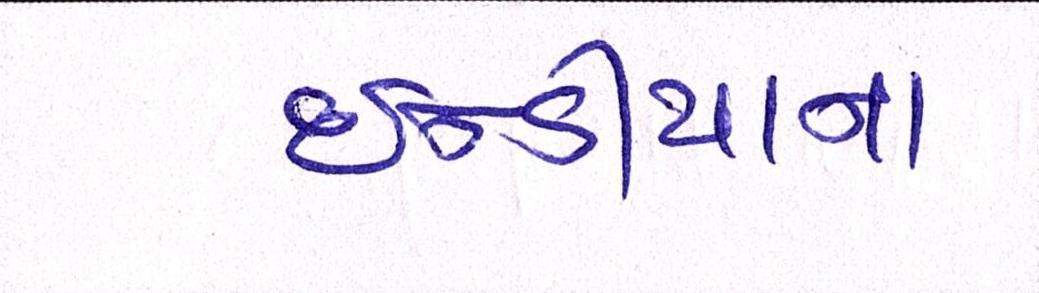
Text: ઇન્ડીયાના